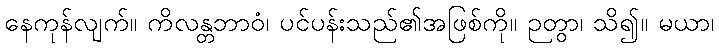
နေကုန်လျက်။ ကိလန္တဘာဝံ၊ ပင်ပန်းသည်၏အဖြစ်ကို။ ဉတွာ၊ သိ၍။ မယာ၊